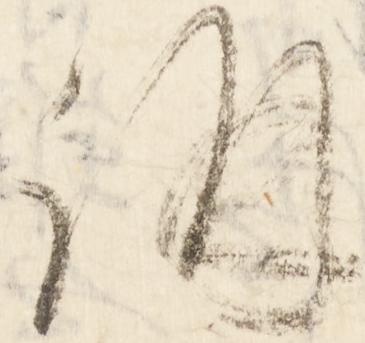
講